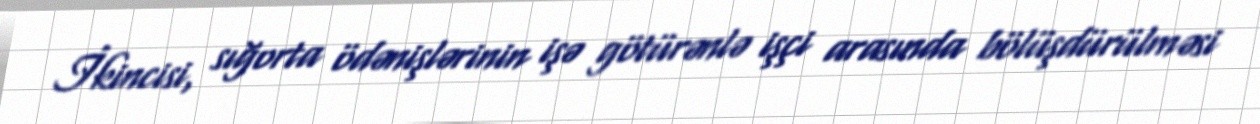
İkincisi, sığorta ödənişlərinin işə götürənlə işçi arasında bölüşdürülməsi